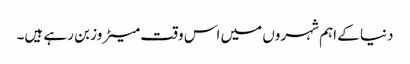
دنیا کے اہم شہروں میں اس وقت میٹروز بن رہے ہیں۔